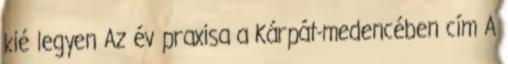
kié legyen Az év praxisa a Kárpát-medencében cím A